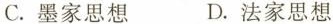
C.墨家思想 D.法家思想